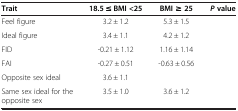
<table><thead><tr><td><b>Trait</b></td><td><b>18.5 ≤ BMI &lt;25</b></td><td><b>BMI ≥ 25</b></td><td><b><i>P </i>value</b></td></tr></thead><tbody><tr><td>Feel figure</td><td>3.2 ± 1.2</td><td>5.3 ± 1.5</td><td>[EMPTY_CELL]</td></tr><tr><td>Ideal figure</td><td>3.4 ± 1.1</td><td>4.2 ± 1.2</td><td>[EMPTY_CELL]</td></tr><tr><td>FID</td><td>-0.21 ± 1.12</td><td>1.16 ± 1.14</td><td>[EMPTY_CELL]</td></tr><tr><td>FAI</td><td>-0.27 ± 0.51</td><td>-0.63 ± 0.56</td><td>[EMPTY_CELL]</td></tr><tr><td>Opposite sex ideal</td><td>3.6 ± 1.1</td><td>[EMPTY_CELL]</td><td>[EMPTY_CELL]</td></tr><tr><td>Same sex ideal for the opposite sex</td><td>3.5 ± 1.0</td><td>3.6 ± 1.2</td><td>[EMPTY_CELL]</td></tr></tbody></table>